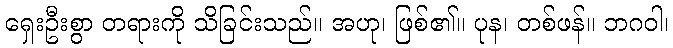
ရှေးဦးစွာ တရားကို သိခြင်းသည်။ အဟု၊ ဖြစ်၏။ ပုန၊ တစ်ဖန်။ ဘဂဝါ၊